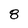
Character: 8